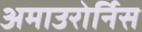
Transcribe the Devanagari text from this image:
अमाउरोर्निस